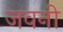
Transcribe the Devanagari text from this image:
जवनी